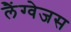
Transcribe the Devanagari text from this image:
लैंग्वेजस